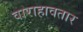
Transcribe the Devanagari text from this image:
वाराहावतार